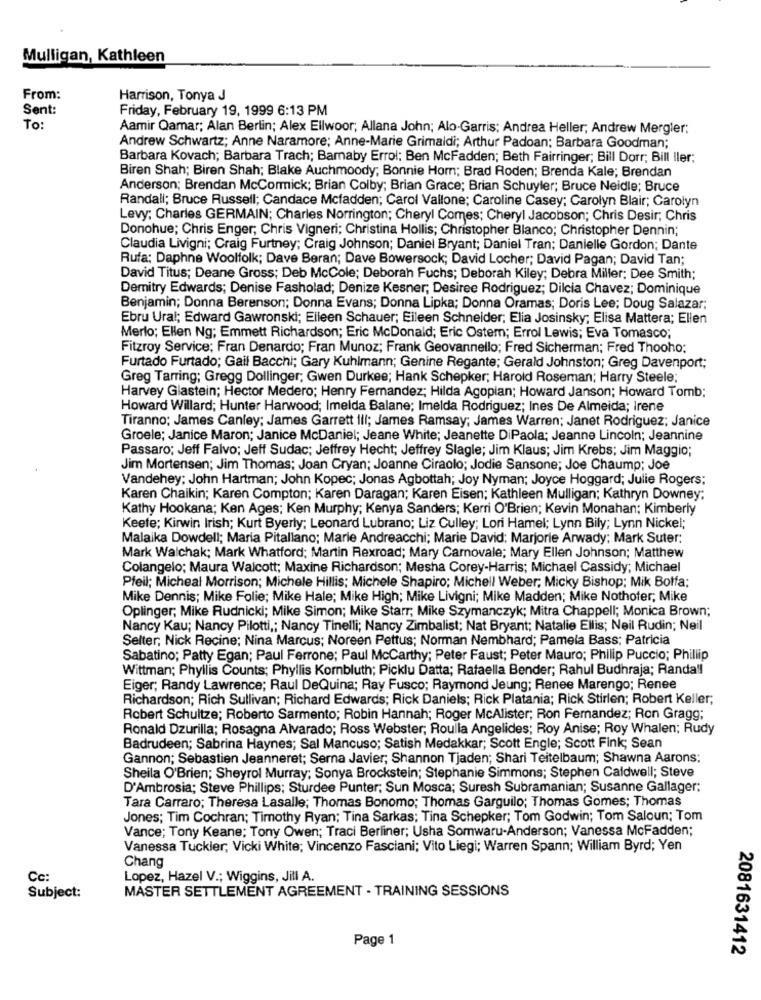
Mulligan, Kathleen
From:
Harrison, Tonya J
Sent:
Friday, February 19, 1999 6:13 PM
To:
Aamir Qamar; Alan Berlin; Alex Ellwoor; Allana John; Alo-Garris: Andrea Heller; Andrew Mergler;
Andrew Schwartz; Anne Naramore; Anne-Marie Grimaldi; Arthur Padoan: Barbara Goodman;
Barbara Kovach; Barbara Trach; Bamaby Errol: Ben McFadden; Beth Fairringer; Bill Dorr; Bill Iler;
Biren Shah; Biren Shah; Blake Auchmoody; Bonnie Hom; Brad Roden; Brenda Kale; Brendan
Anderson; Brendan McCormick; Brian Colby; Brian Grace; Brian Schuyler; Bruce Neidle; Bruce
Randall; Bruce Russell; Candace Mcfadden; Carol Vallone; Caroline Casey; Carolyn Blair; Carolyn
Levy: Charles GERMAIN; Charles Norrington; Cheryl Comes; Cheryl Jacobson; Chris Desir; Chris
Donohue; Chris Enger; Chris Vigneri; Christina Hollis; Christopher Blanco; Christopher Dennin;
Claudia Livigni; Craig Furtney; Craig Johnson; Daniel Bryant; Daniel Tran; Danielle Gordon; Dante
Rufa: Daphne Woolfolk; Dave Beran; Dave Bowersock; David Locher; David Pagan; David Tan;
David Titus; Deane Gross; Deb McCole; Deborah Fuchs; Deborah Kiley; Debra Miller; Dee Smith;
Demitry Edwards; Denise Fasholad; Denize Kesner; Desiree Rodriguez; Dilcia Chavez; Dominique
Benjamin; Donna Berenson; Donna Evans; Donna Lipka; Donna Oramas; Doris Lee; Doug Salazar;
Ebru Ural; Edward Gawronski; Elleen Schauer; Eileen Schneider; Elia Josinsky; Elisa Mattera; Ellen
Merlo; Ellen Ng; Emmett Richardson; Eric McDonald; Eric Ostem; Errol Lewis; Eva Tomasco;
Fitzroy Service; Fran Denardo; Fran Munoz; Frank Geovannello; Fred Sicherman; Fred Thooho;
Furtado Furtado; Gail Bacchi; Gary Kuhlmann; Genine Regante; Gerald Johnston; Greg Davenport;
Greg Tarring; Gregg Dollinger; Gwen Durkee; Hank Schepker; Harold Roseman; Harry Steele;
Harvey Glastein; Hector Medero; Henry Fernandez; Hilda Agoplan; Howard Janson; Howard Tomb;
Howard Willard; Hunter Harwood; Imelda Balane; Imelda Rodriguez; Ines De Almeida; Irene
Tiranno; James Canley; James Garrett ill; James Ramsay; James Warren; Janet Rodriguez; Janice
Groele; Janice Maron; Janice McDaniel; Jeane White; Jeanette DiPaola; Jeanne Lincoln; Jeannine
Passaro; Jeff Falvo; Jeff Sudac; Jeffrey Hecht; Jeffrey Slagle; Jim Klaus; Jim Krebs; Jim Maggio;
Jim Mortensen; Jim Thomas; Joan Cryan; Joanne Ciraolo; Jodie Sansone; Joe Chaump; Joe
Vandehey: John Hartman; John Kopec; Jonas Agbottah; Joy Nyman; Joyce Hoggard; Julie Rogers;
Karen Chaikin; Karen Compton; Karen Daragan; Karen Eisen; Kathleen Mulligan; Kathryn Downey:
Kathy Hookana; Ken Ages; Ken Murphy; Kenya Sanders; Kerri O'Brien; Kevin Monahan; Kimberly
Keefe; Kirwin Irish; Kurt Byerly; Leonard Lubrano; Liz Culley; Lori Hamel; Lynn Bily; Lynn Nickel;
Malaika Dowdell; Maria Pitallano; Marie Andreacchi; Marie David: Marjorie Arwady; Mark Suter:
Mark Walchak; Mark Whatford; Martin Rexroad; Mary Carnovale; Mary Ellen Johnson; Matthew
Colangelo; Maura Walcott; Maxine Richardson; Mesha Corey-Harris; Michael Cassidy; Michael
Pfeil; Micheal Morrison; Michele Hillis; Michele Shapiro; Michell Weber; Micky Bishop; Mik Bolfa:
Mike Dennis; Mike Folie; Mike Hale; Mike High; Mike Livigni; Mike Madden; Mike Nothofer; Mike
Oplinger; Mike Rudnicki; Mike Simon; Mike Starr; Mike Szymanczyk; Mitra Chappell; Monica Brown;
Nancy Kau; Nancy Pilotti ,; Nancy Tinelli; Nancy Zimbalist; Nat Bryant; Natalie Ellis; Neil Rudin; Neil
Selter; Nick Recine: Nina Marcus; Noreen Pettus; Norman Nembhard; Pamela Bass; Patricia
Sabatino; Patty Egan; Paul Ferrone; Paul McCarthy; Peter Faust; Peter Mauro; Philip Puccio; Phillip
Wittman; Phyllis Counts; Phyllis Kombluth; Picklu Datta; Rafaella Bender; Rahul Budhraja; Randall
Eiger; Randy Lawrence; Raul DeQuina; Ray Fusco; Raymond Jeung; Renee Marengo; Renee
Richardson; Rich Sullivan; Richard Edwards; Rick Daniels; Rick Platania; Rick Stirlen; Robert Keller;
Robert Schultze; Roberto Sarmento; Robin Hannah; Roger McAlister; Ron Fernandez; Ron Gragg;
Ronald Dzurilla; Rosagna Alvarado; Ross Webster; Roulla Angelides; Roy Anise; Roy Whalen; Rudy
Badrudeen; Sabrina Haynes; Sal Mancuso; Satish Medakkar; Scott Engle; Scott Fink; Sean
Gannon; Sebastien Jeanneret; Serna Javier; Shannon Tjaden; Shari Teitelbaum; Shawna Aarons;
Sheila O'Brien; Sheyrol Murray; Sonya Brockstein; Stephanie Simmons; Stephen Caldwell; Steve
D'Ambrosia; Steve Phillips; Sturdee Punter; Sun Mosca; Suresh Subramanian; Susanne Gallager:
Tara Carraro; Theresa Lasalle; Thomas Bonomo; Thomas Garguilo; Thomas Gomes; Thomas
Jones; Tim Cochran; Timothy Ryan; Tina Sarkas; Tina Schepker; Tom Godwin; Tom Saloun; Tom
Vance; Tony Keane; Tony Owen; Traci Berliner; Usha Somwaru-Anderson; Vanessa McFadden;
Vanessa Tuckler, Vicki White; Vincenzo Fasciani; Vito Liegi; Warren Spann; William Byrd; Yen
Chang
Cc:
Lopez, Hazel V .; Wiggins, Jill A.
MASTER SETTLEMENT AGREEMENT - TRAINING SESSIONS
Subject:
Page 1
2081631412